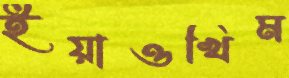
ইয়াওখিম